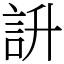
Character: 䛂